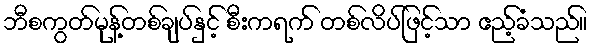
ဘီစကွတ်မုန့်တစ်ချပ်နှင့် စီးကရက် တစ်လိပ်ဖြင့်သာ ဧည့်ခံသည်။